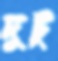
দুটু